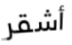
أشقر